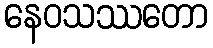
နေဝသဿတော